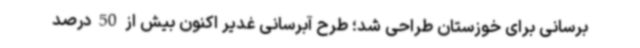
برسانی برای خوزستان طراحی شد؛ طرح آبرسانی غدیر اکنون بیش از 50 درصد